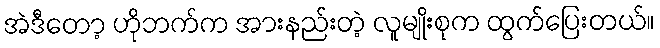
အဲဒီတော့ ဟိုဘက်က အားနည်းတဲ့ လူမျိုးစုက ထွက်ပြေးတယ်။